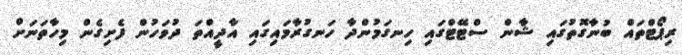
ރިޕޯޓްތައް ބުނާގޮތުގައި ޝާން ސްޓޭޓްގައި ހިނގަމުންދާ ހަނގުރާމައިގައި އާދީއްތަ ދުވަހުން ފެށިގެން މިހާތަނަށް